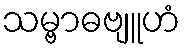
သမ္ဗာဓဗျူဟံ